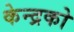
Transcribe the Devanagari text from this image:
केन्द्रको